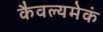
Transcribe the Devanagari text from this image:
कैवल्यमेकं